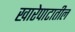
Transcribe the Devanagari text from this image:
खारेपाटातील